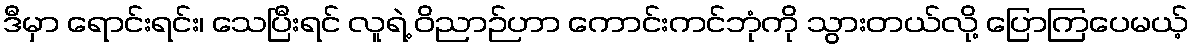
ဒီမှာ ရောင်းရင်း၊ သေပြီးရင် လူရဲ့ ဝိညာဉ်ဟာ ကောင်းကင်ဘုံကို သွားတယ်လို့ ပြောကြပေမယ့်